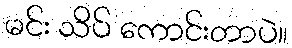
မင်း သိပ် ကောင်းတာပဲ။